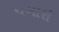
પગારો